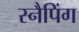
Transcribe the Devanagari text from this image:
स्नैपिंग